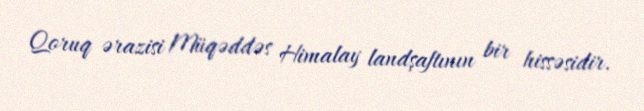
Qoruq ərazisi Müqəddəs Himalay landşaftının bir hissəsidir.